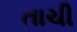
તાચી